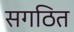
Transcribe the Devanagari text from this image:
सगठित